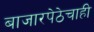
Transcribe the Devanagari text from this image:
बाजारपेठेचाही